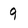
Character: 9